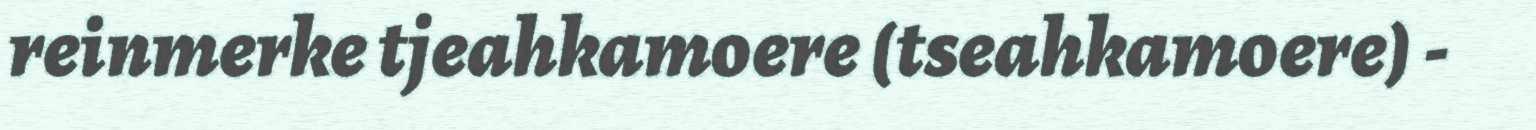
reinmerke tjeahkamoere (tseahkamoere) -